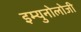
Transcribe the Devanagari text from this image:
इम्युनोलोजी